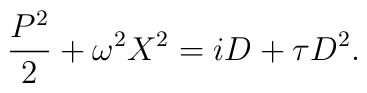
\frac{P^2}{2}+\omega^2 X^2=iD+\tau D^2.